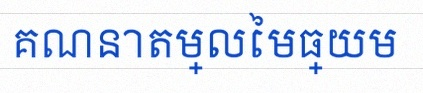
គណនាតម្លៃមធ្យម